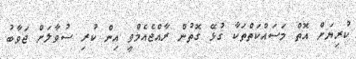
ކުރިޔަށް އޮތް މަަސައްކަތްތަކާ ގުޅޭ ގޮތުން ރާއްޖެއެމްވީ އިން ކުރި ސުވާލަށް ޖަވާބު